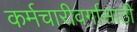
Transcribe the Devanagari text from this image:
कर्मचारीवर्गासाठी